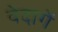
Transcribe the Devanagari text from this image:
वेदागें